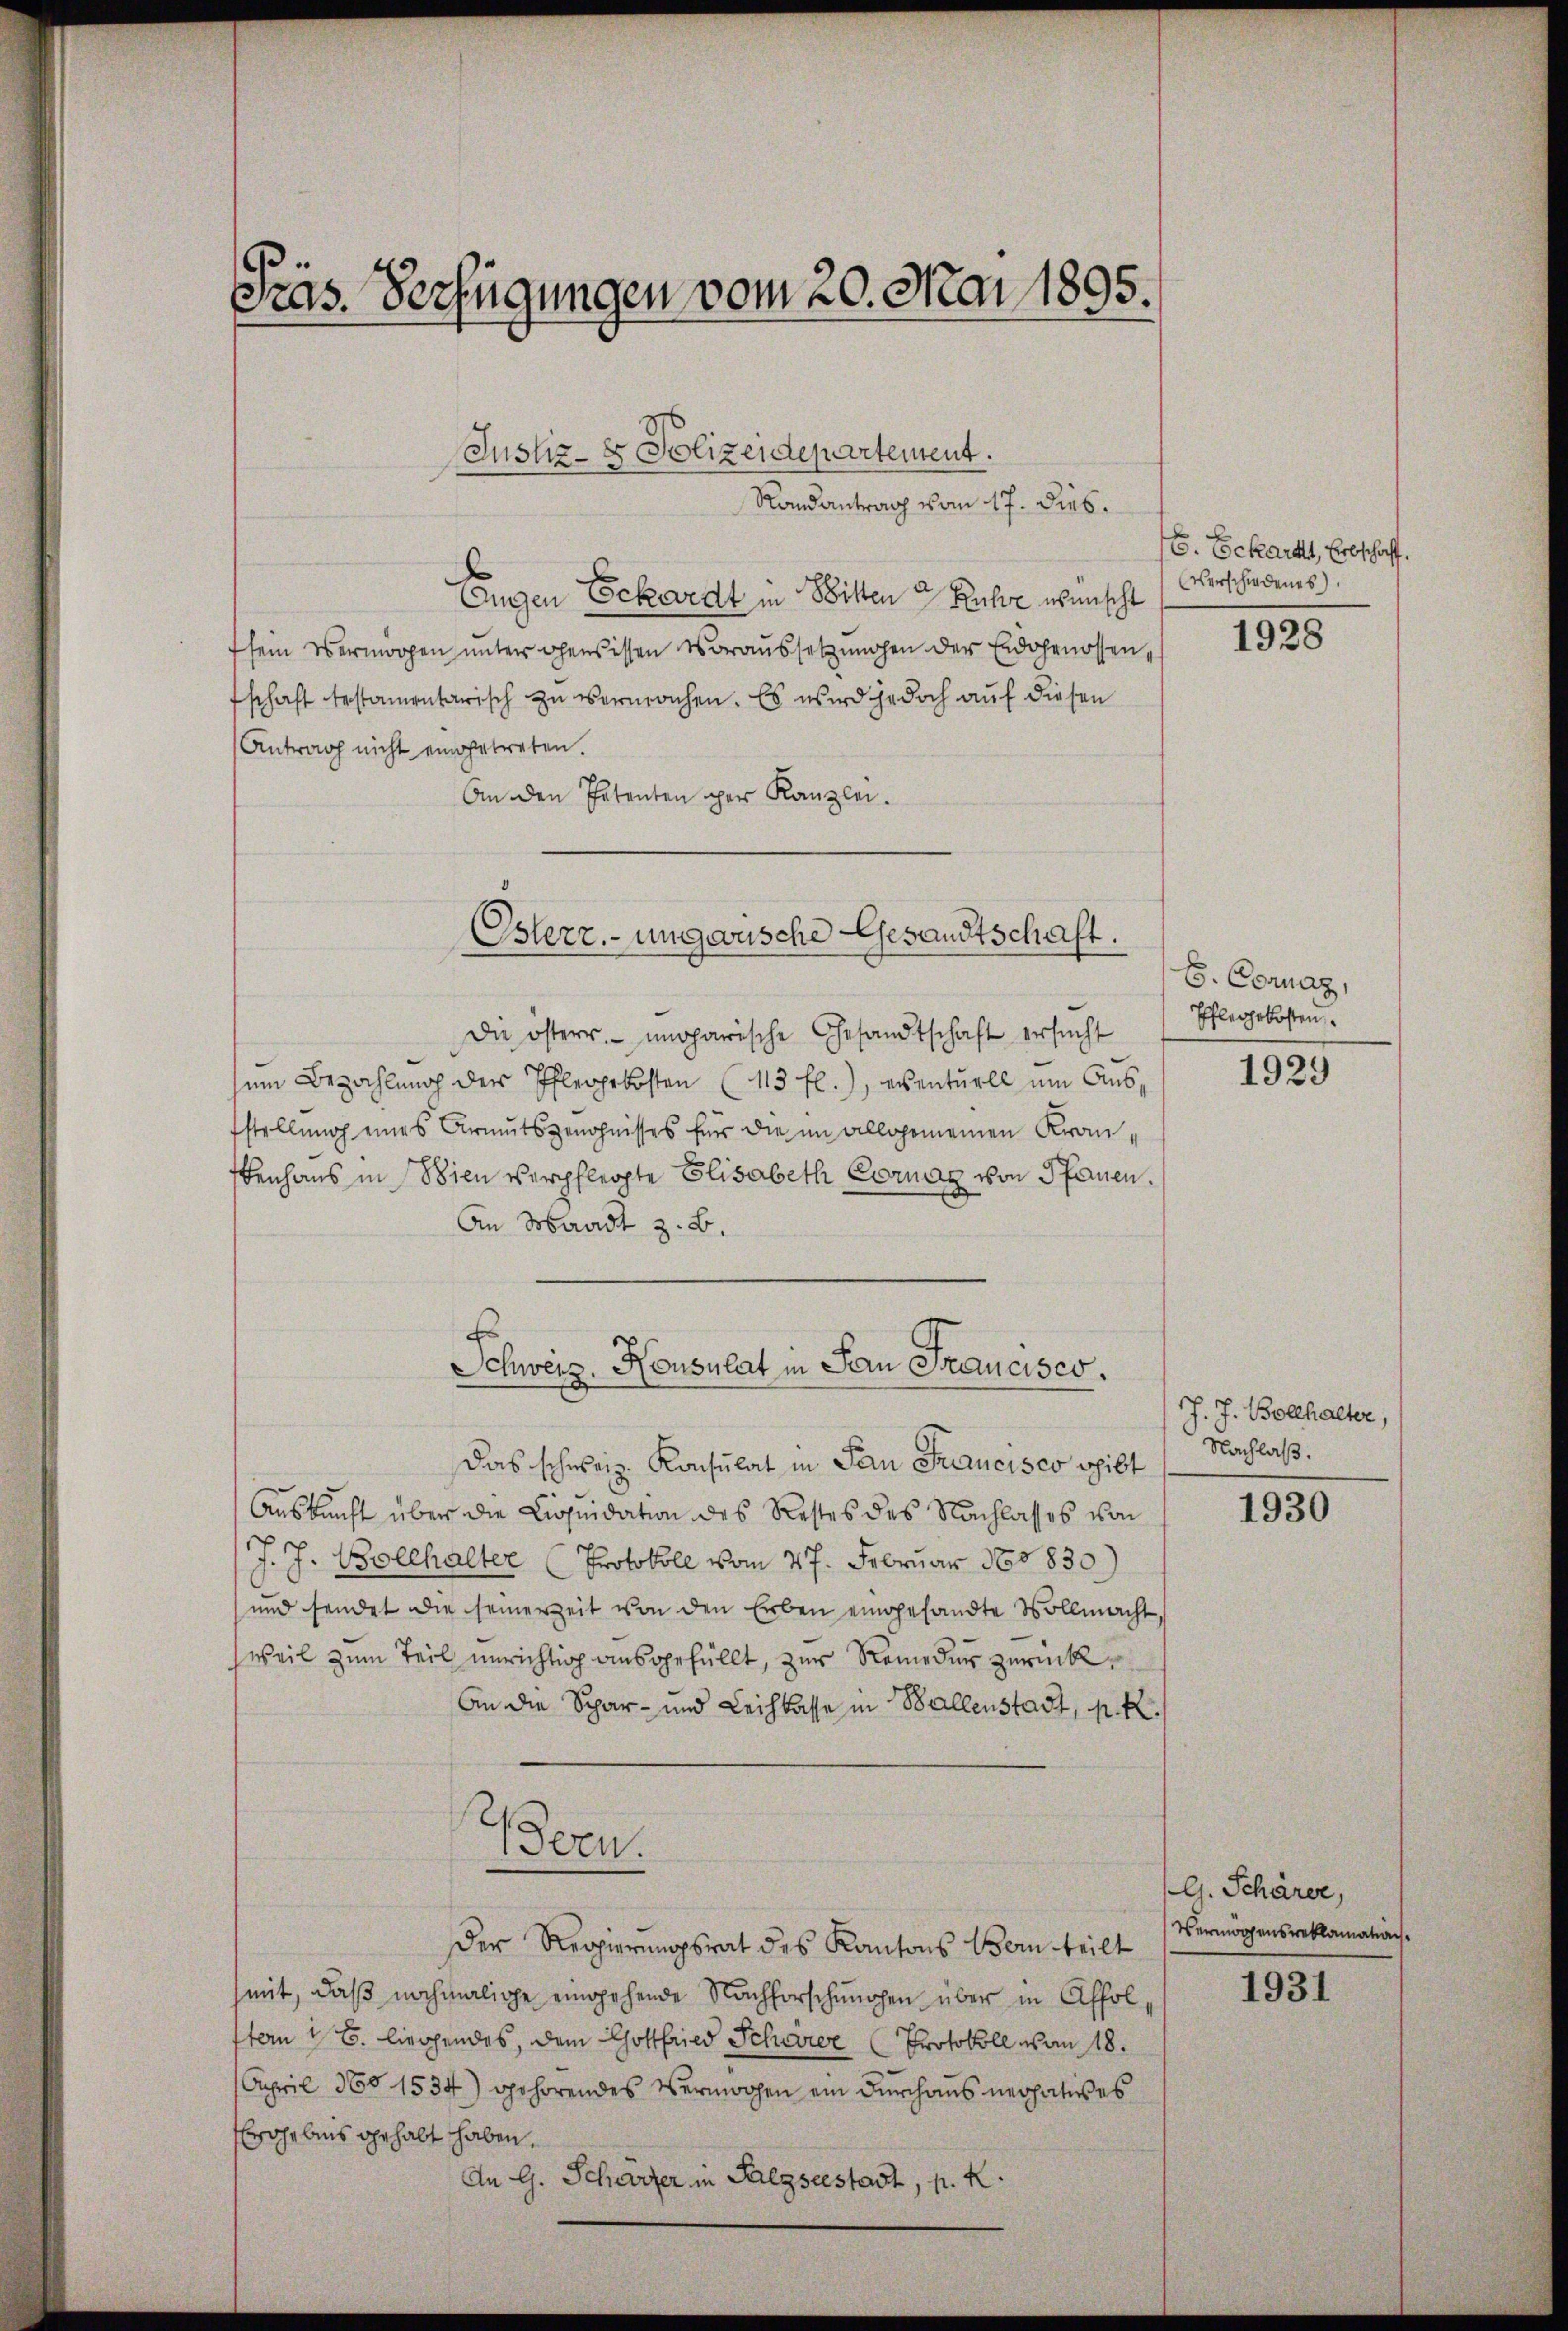
.
ras. Verfügungen vom 20. Mai 1895.

Eugen Eckerdt in Bitten 7 Ruhe wünscht
sein Vermögen unter ohens issen Voraussetzungen der Eidgenossen,
schaft testamentarisch zu vermachen. Es wird jedoch auf diesen
Antrag nicht eingetreten.
An den Petenten per Kanzlei.
Die österr. ungarische Gesandtschaft ersucht
sein Bezahlung der Pflegekosten (115 fl.), eventuell um Ausfstellung eines Armutszenöhnisses für die im allgemeinen Kranenhaus in Wien verpflegte Elisabeth Cornay von Pfauen.
An Waadt z. B.
F
Schweiz. Konsulat in San Francisco.
Das schweiz. Konsulat in San Francisco spibt
Auskunft über die Liquidation des Restes des Nachlasses von
J. J. Bollhalter (Protokoll vom 27. Februar 188830)
und sendet die seinerzeit von den Erben eingesandte Vollmacht,
weil zum Teil unrichtig ausgefüllt, zur Remedur zurück¬
An die Spar- und Leihkasse in Ballenstadt, p. R.
s
Sern.
Der Regierungsrat des Kantons Bern teilt
mit, daß nochmalige eingehende Nachforschungen über in Affoltern 16. liegendes, dem Gottfried Schore Protokoll von 18.
April 360 1534) gehörendes Vermögen ein Durchaus nerhatives
ohebens gehabt haben.
An G. Scharzer in Salgseestadt, p. K.

Justiz- & Polizeidepartement.
Randantrag vom 17. Dieb.

Osterr.-ungarische Gesandtschaft.

E. Eckart, Erbschaft.
Verschiedenes).

1928

B. Cornaz,
Pflegekosten.

1929

J. J. Bollhalter,
Nachlaß.

1930

G. Schärer,
Vermögensreklamation.

1931